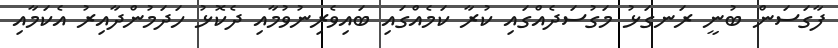
ފާގަސަން ބުނީ ރަނގަޅު މަގުސަދެއްގައި ކުރާ ކަމެއްގައި ބައިވެރިނުވުމާއި ދެކޮޅު ހަދަމުންދާއިރު އެކަމާއި